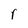
Character: r